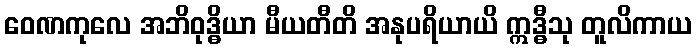
ဝေဏကုလေ အဘိဝုဒ္ဓိယာ မီယတီတိ အနုပရိယာယိ ဣဒ္ဓီသု တူလိကာယ